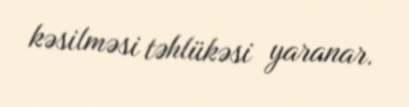
kəsilməsi təhlükəsi yaranar.